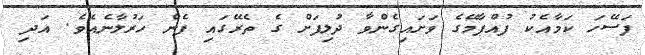
ފަސޭހަ ކަމާއެކު ފުއްޕާމޭގެ ވަށައިގެންވާ ދުލިފަށް ގެ ތެރޭގައި ފެން ހަރުލާނެއެވެ. އަދި